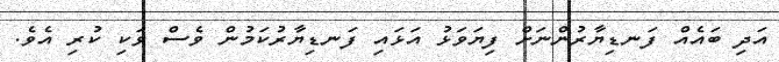
އަދި ބައެއް ފަނޑިޔާރުންނަށް ފިޔަވަޅު އަޅައި ފަނޑިޔާރުކަމުން ވެސް ވަކި ކުރި އެވެ.